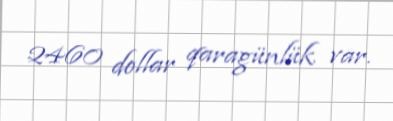
2460 dollar qaragünlük var.